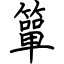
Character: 簞